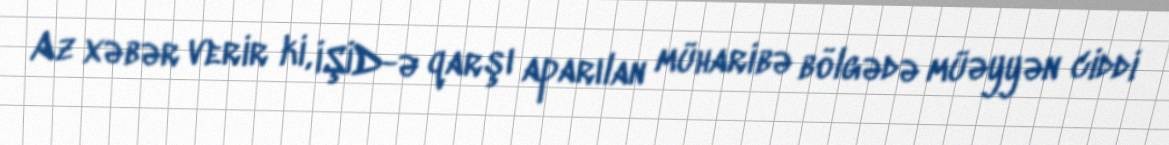
Az xəbər verir ki, İŞİD-ə qarşı aparılan müharibə bölgədə müəyyən ciddi